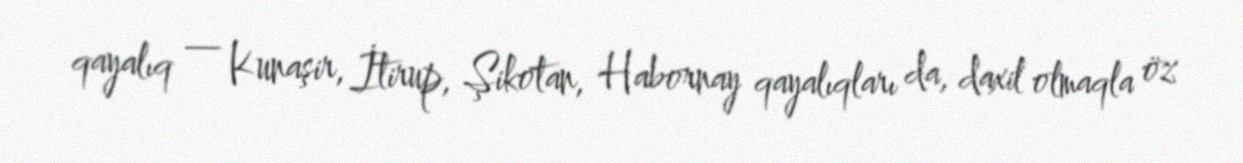
qayalıq — Kunaşir, İtirup, Şikotan, Habornay qayalıqları da, daxil olmaqla öz